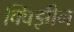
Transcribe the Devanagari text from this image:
क्विझीन